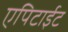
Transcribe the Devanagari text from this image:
एपिटाईट